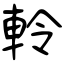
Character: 軨